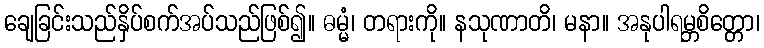
ချေခြင်းသည်နှိပ်စက်အပ်သည်ဖြစ်၍။ ဓမ္မံ၊ တရားကို။ နသုဏာတိ၊ မနာ။ အနုပါရမ္ဘစိတ္တော၊